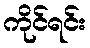
ကိုင်ရင်း